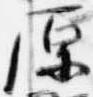
原